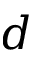
d